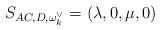
LaTeX: \begin{align*} S_{AC,D,\omega_k^{\vee}}=(\lambda, 0, \mu, 0)\end{align*}